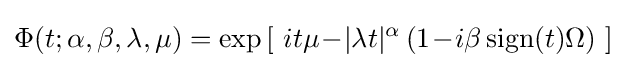
\Phi (t;\alpha ,\beta ,\lambda ,\mu )=\exp \left[~it\mu \!-\!|\lambda t|^{\alpha }\,(1\!-\!i\beta \operatorname {sign} (t)\Omega )~\right]